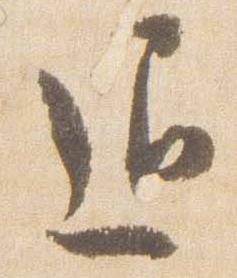
退